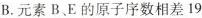
B.元素B、E的原子序数相差19